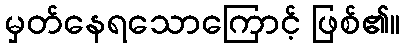
မှတ်နေရသောကြောင့် ဖြစ်၏။